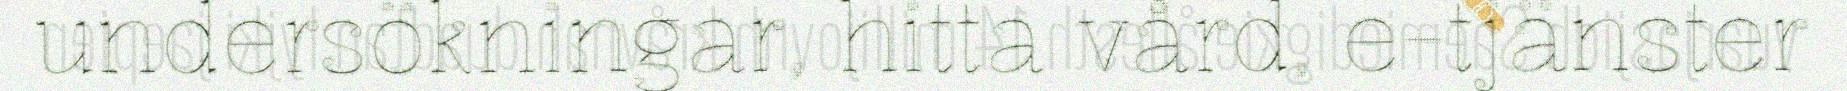
undersökningar, hitta vård, e-tjänster